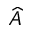
\widehat { A }